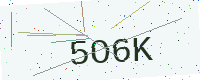
Text: 5O6K